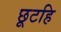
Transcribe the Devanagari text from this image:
छूटहि